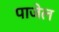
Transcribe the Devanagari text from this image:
पाजेल